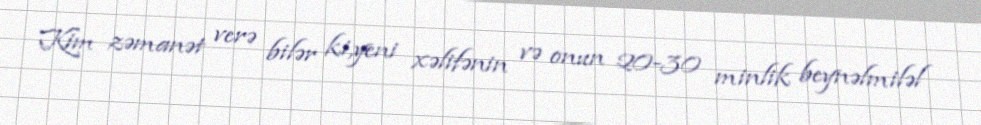
Kim zəmanət verə bilər ki,yeni xəlifənin və onun 20-30 minlik beynəlmiləl